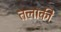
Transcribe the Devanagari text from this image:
तलाकी